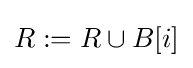
R:=R\cup B[i]